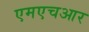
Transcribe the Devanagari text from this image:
एमएचआर